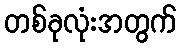
တစ်ခုလုံးအတွက်